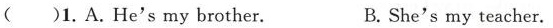
( )1.A.He's my brother. B.She's my teacher.